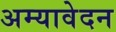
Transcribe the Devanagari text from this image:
अम्यावेदन